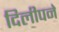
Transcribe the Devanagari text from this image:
दिलीपने